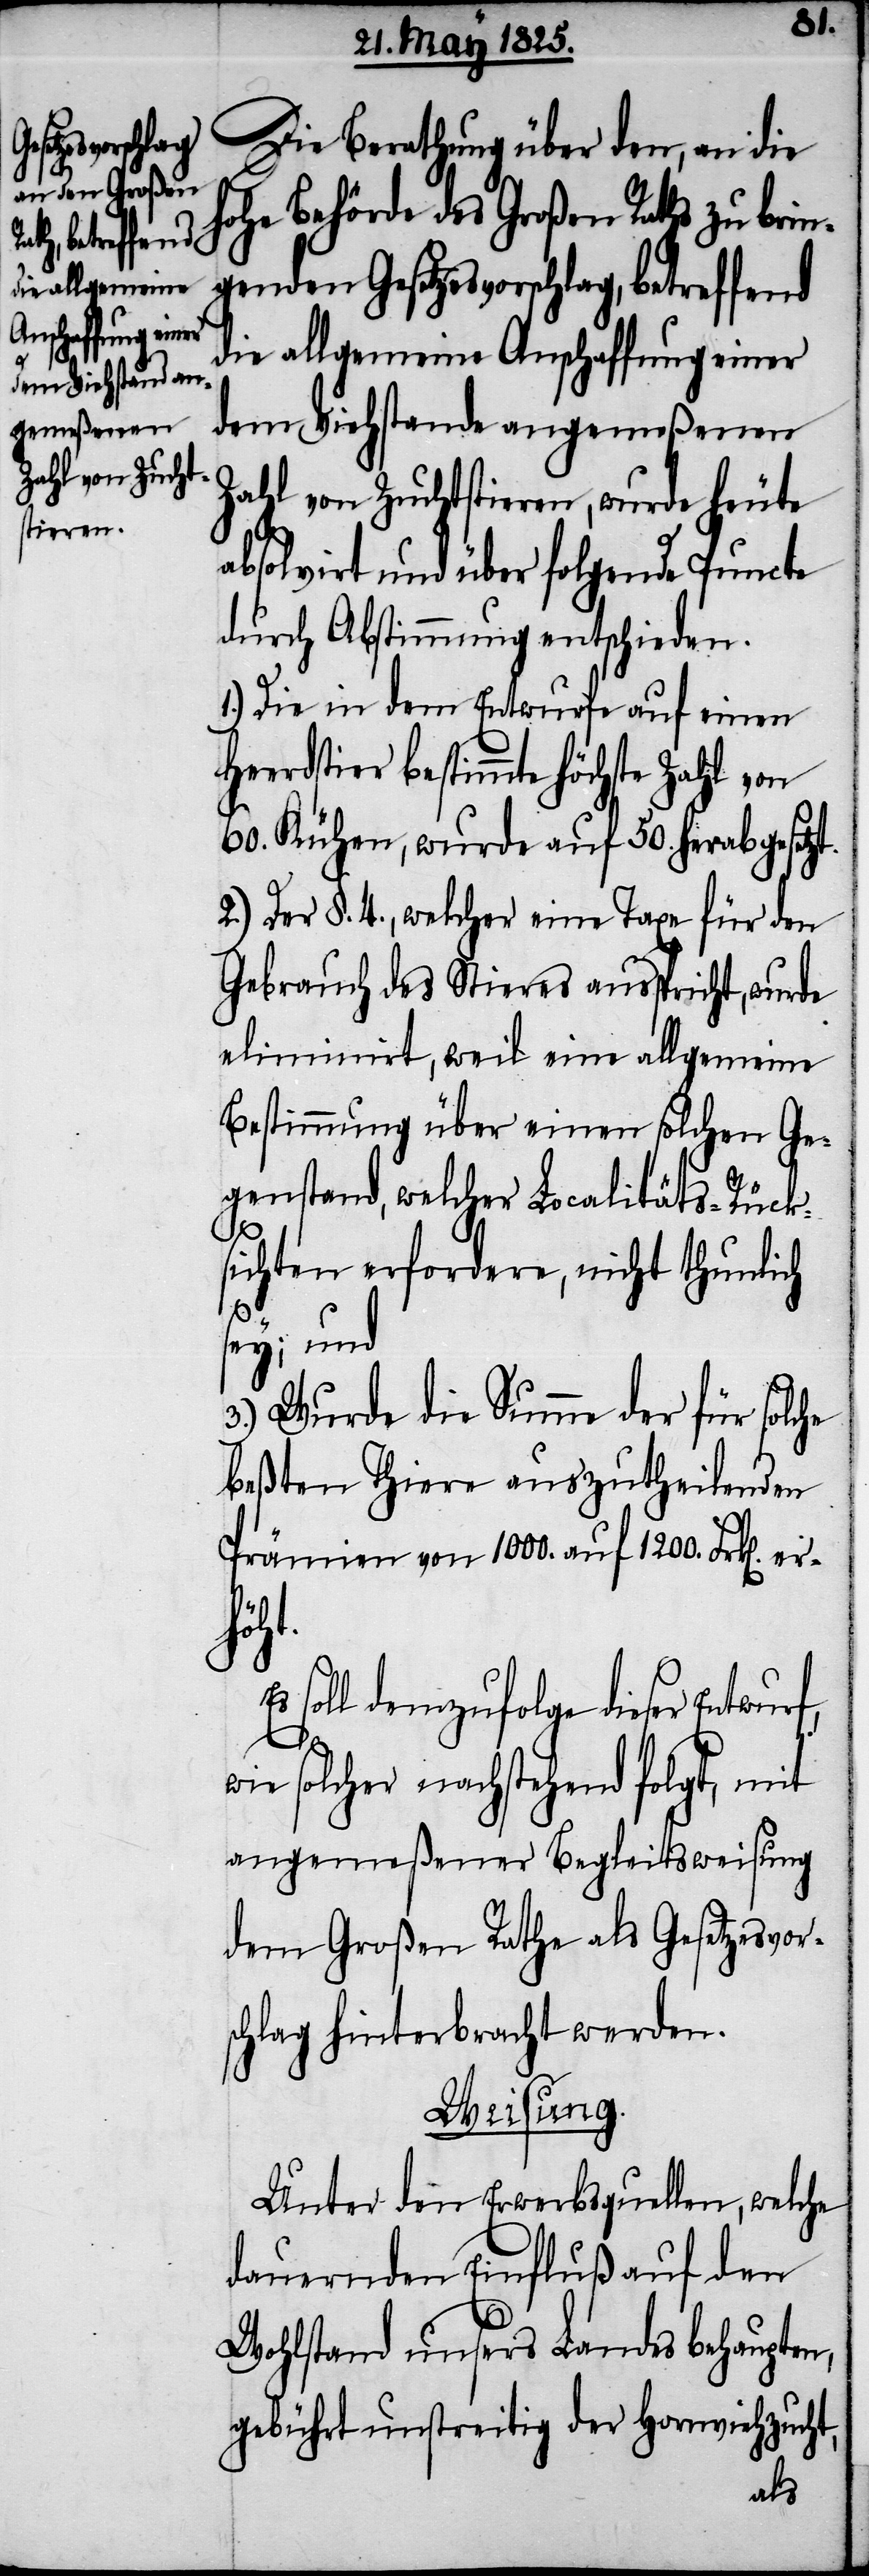
Heerdstier

Die Berathung über den, an die
hohe Behörde des Großen Raths zu brin¬
genden Gesetzesvorschlag, betreffend
die allgemeine Anschaffung einer
dem Viehstande angemeßenen
Zahl von Zuchtstieren, wurde heute
absolvirt und über folgende Puncte
durch Abstimmung entschieden.
1.) Die in dem Entwurfe auf einen
bestimmte höchste Zahl von
60. Kühen, wurde auf 50. herabgesetzt.
2.) Der §. 4., welcher eine Taxe für den
Gebrauch des Tieres ausspricht, wurde
eliminirt, weil eine allgemeine
Bestimmung über einen solchen Ge¬
genstand, welcher Localitäts-Rück¬
sichten erfordere, nicht thunlich
sey; und
3.) Wurde die Summe der für solche
beßten Thiere auszutheilenden
Prämien von 1000. auf 1200. Frk[en].
höht.
soll demzufolge dieser Entwurf,
wie solcher nachstehend folgt, mit
angemeßener Begleitsweisung
dem Großen Rathe als Gesetzesvor¬
schlag hinterbracht werden.
Weisung.
Unter den Erwerbsquellen, welche
dauernden Einfluß auf den
Wohlstand unsers Landes behaupten,
gebührt unstreitig der Hornviehzucht,